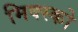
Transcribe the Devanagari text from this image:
मिक्स्को